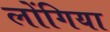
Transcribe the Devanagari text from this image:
लोंगिया